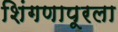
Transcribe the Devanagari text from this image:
शिंगणापूरला